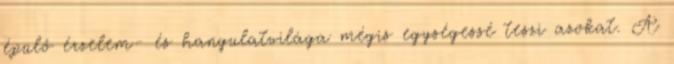
épülő érzelem- és hangulatvilága mégis egységessé teszi azokat. A